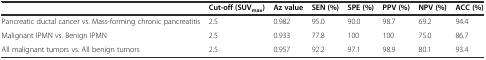
<table><thead><tr><td></td><td><b>Cut-off (SUV<sub>max</sub>)</b></td><td><b>Az value</b></td><td><b>SEN (%)</b></td><td><b>SPE (%)</b></td><td><b>PPV (%)</b></td><td><b>NPV (%)</b></td><td><b>ACC (%)</b></td></tr></thead><tbody><tr><td>Pancreatic ductal cancer vs. Mass-forming chronic pancreatitis</td><td>2.5</td><td>0.982</td><td>95.0</td><td>90.0</td><td>98.7</td><td>69.2</td><td>94.4</td></tr><tr><td>Malignant IPMN vs. Benign IPMN</td><td>2.5</td><td>0.933</td><td>77.8</td><td>100</td><td>100</td><td>75.0</td><td>86.7</td></tr><tr><td>All malignant tumors vs. All benign tumors</td><td>2.5</td><td>0.957</td><td>92.2</td><td>97.1</td><td>98.9</td><td>80.1</td><td>93.4</td></tr></tbody></table>